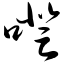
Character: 噔